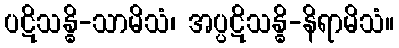
ပဋိသန္ဓိ-သာမိသံ၊ အပ္ပဋိသန္ဓိ-နိရာမိသံ။